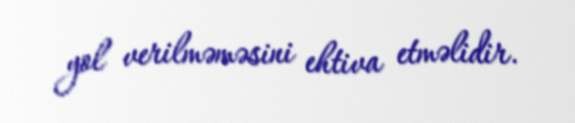
yol verilməməsini ehtiva etməlidir.